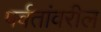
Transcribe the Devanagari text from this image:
पर्वतांवरील